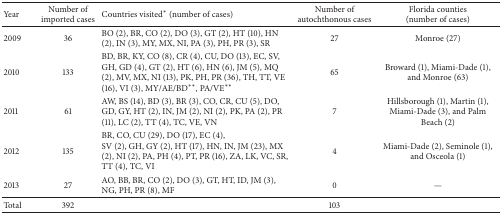
| Year | Number of imported cases | Countries visited* (number of cases) | Number of autochthonous cases | Florida counties (number of cases) |
 | --- | --- | --- | --- | --- |
 | 2009 | 36 | BO (2), BR, CO (2), DO (3), GT (2), HT(10), HN (2), IN (3), MY, MX, NI, PA (3), PH, PR (3), SR | 27 | Monroe (27) |
 | 2010 | 133 | BD, BR, KY, CO (8), CR (4), CU, DO (13), EC, SV, GH, GD (4), GT (2), HT (6), HN (6), JM (5), MQ (2), MV, MX, NI (13), PK, PH, PR (36), TH, TT, VE (16), VI (3), MY/AE/BD**, PA/VE** | 65 | Broward (1), Miami-Dade (1), and Monroe (63) |
 | 2011 | 61 | AW, BS (14), BD (3), BR (3), CO, CR, CU (5), DO, GD, GY, HT (2), IN, JM (2), NI (2), PK, PA (2), PR (11), LC (2), TT (4), TC, VE, VN | 7 | Hillsborough (1), Martin (1), Miami-Dade (3), and Palm Beach (2) |
 | 2012 | 135 | BR, CO, CU (29), DO (17), EC (4), SV (2), GH, GY (2), HT (17), HN, IN, JM (23), MX (2), NI (2), PA, PH (4), PT, PR (16), ZA, LK, VC, SR, TT (4), TC, VI | 4 | Miami-Dade (2), Seminole (1), and Osceola (1) |
 | 2013 | 27 | AO, BB, BR, CO (2), DO (3), GT, HT, ID, JM (3), NG, PH, PR (8), MF | 0 | — |
 | Total | 392 |  | 103 |  |